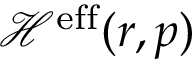
\mathcal { H } ^ { \mathrm { e f f } } ( \boldsymbol { r } , \boldsymbol { p } )